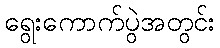
ရွေးကောက်ပွဲအတွင်း